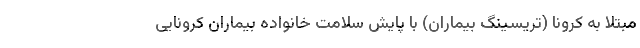
مبتلا به کرونا (تریسینگ بیماران) با پایش سلامت خانواده بیماران کرونایی